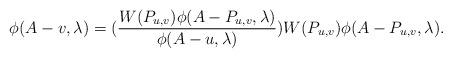
LaTeX: \begin{align*}\phi(A-v,\lambda)=(\frac{W(P_{u,v})\phi(A-P_{u,v},\lambda)}{\phi(A-u,\lambda)})W(P_{u,v})\phi(A-P_{u,v},\lambda).\end{align*}